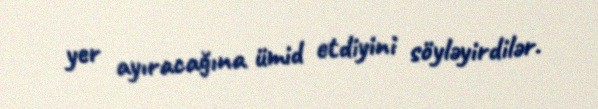
yer ayıracağına ümid etdiyini söyləyirdilər.